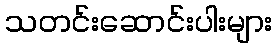
သတင်းဆောင်းပါးများ